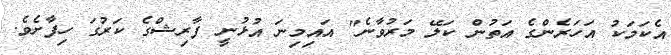
އެކަމަކު އަހަރެންގެ އަތުން ކަލޭ މަރުވާނެ" އައިމިނަ އުުޅުނީ ފާރިޝްގެ ކަރުގަ ހިފާށެވެ.